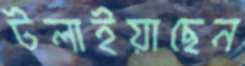
টলাইয়াছেন